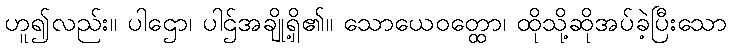
ဟူ၍လည်း။ ပါဌော၊ ပါဌ်အချို့ရှိ၏။ သောယေဝတ္ထော၊ ထိုသို့ဆိုအပ်ခဲ့ပြီးသော